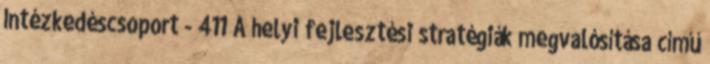
Intézkedéscsoport - 411 A helyi fejlesztési stratégiák megvalósítása című